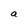
Character: a